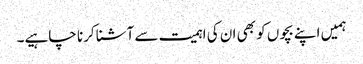
ہمیں اپنے بچوں کو بھی ان کی اہمیت سے آشنا کرنا چاہیے۔